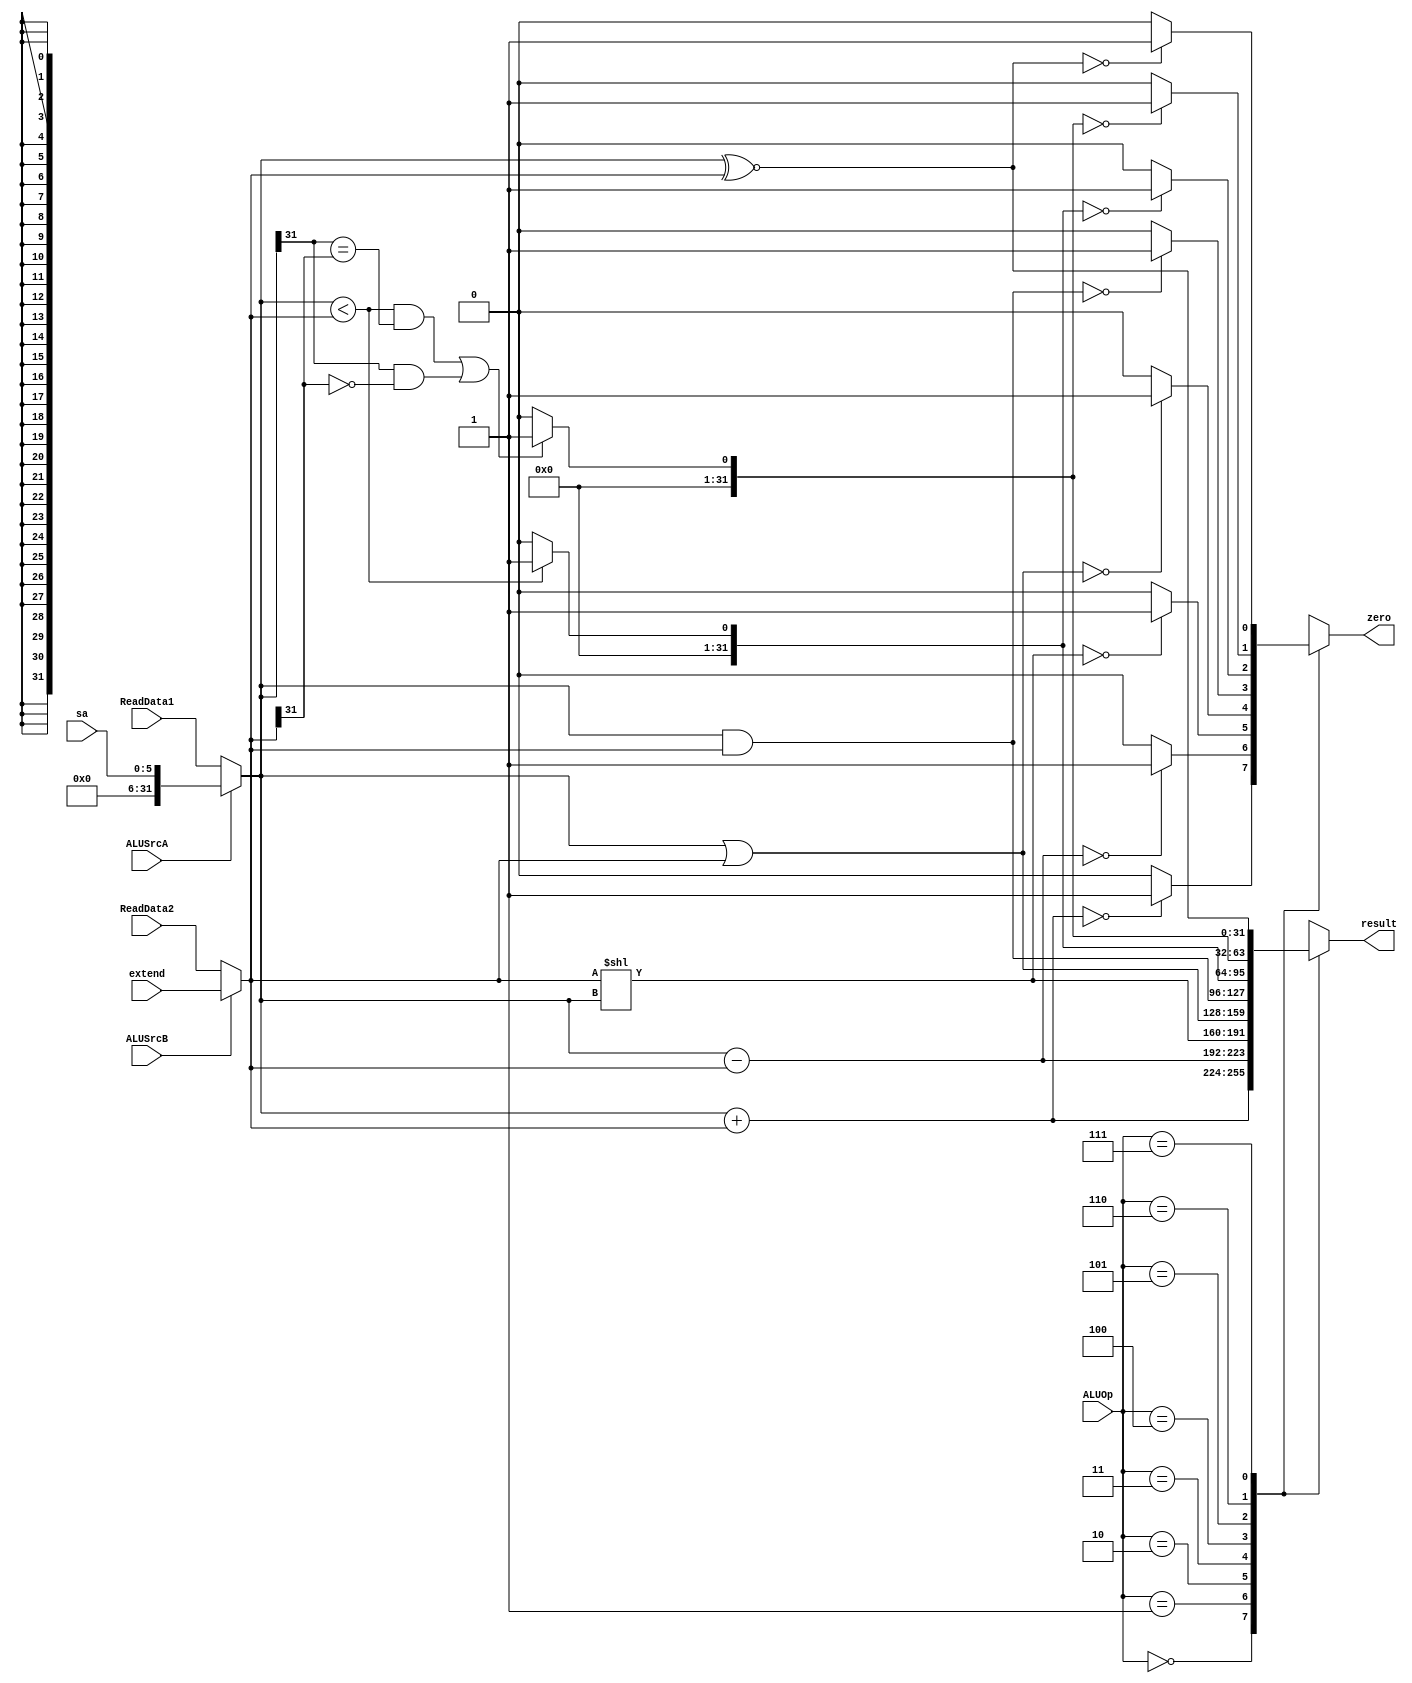
`timescale 1ns / 1ps
//////////////////////////////////////////////////////////////////////////////////
// Company: 
// Engineer: 
// 
// Design Name: 
// Module Name: ALU
// Project Name: 
// Target Devices: 
// Tool Versions: 
// Description: 
// 
// Dependencies: 
// 
// Revision:
// Revision 0.01 - File Created
// Additional Comments:
// 
//////////////////////////////////////////////////////////////////////////////////


module ALU(
    input [31:0] ReadData1,
    input [31:0] ReadData2,
    input [31:0] extend,
    input [5:0] sa,
    input [2:0] ALUOp,
    input ALUSrcA,
    input ALUSrcB,
    output reg [31:0] result,
    output reg zero
    );
    
    wire [31:0] A;
    wire [31:0] B;
    
    assign A = ALUSrcA ? sa : ReadData1;
    assign B = ALUSrcB ? extend : ReadData2;
    
    always @(ReadData1 or ReadData2 or extend or ALUSrcA or ALUSrcB or ALUOp or A or B)
        begin
            case(ALUOp)
                3'b000: begin
                    result = A + B;
                    zero = (result == 0) ? 1 : 0;
                end
                3'b001: begin
                    result = A - B;
                    zero = (result == 0) ? 1 : 0;
                end
                3'b010: begin
                    result = B << A;
                    zero = (result == 0) ? 1 : 0;
                end
                3'b011: begin
                    result = A | B;
                    zero = (result == 0) ? 1 : 0;
                end
                3'b100: begin
                    result = A & B;
                    zero = (result == 0) ? 1 : 0;
                end
                3'b101: begin
                    result = (A < B) ? 1 : 0;
                    zero = (result == 0) ? 1 : 0;
                end
                3'b110: begin
                    result = (((A < B) && (A[31] == B[31])) ||((A[31] == 1 && B[31] == 0))) ? 1 : 0;
                    zero = (result == 0) ? 1 : 0;                 
                end
                3'B111: begin
                    result = A ^~ B;
                    zero = (result == 0) ? 1 : 0;
                end
            endcase
        end
endmodule